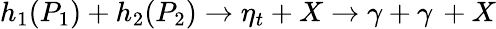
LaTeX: h_{1}(P_{1})+h_{2}(P_{2})\rightarrow\eta_{t}+X\rightarrow\gamma+\gamma\, +X